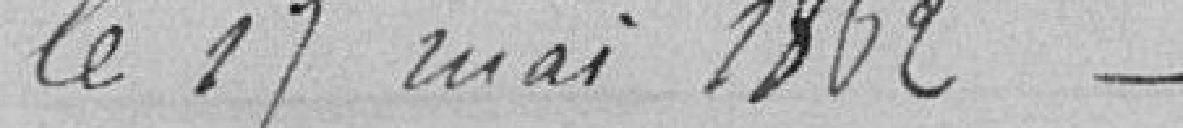
le 17 mai 1862 -